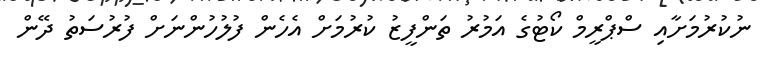
ނުކުރުމަށާއި ސްޕްރީމް ކޯޓުގެ އަމުރު ތަންފީޒު ކުރުމަށް އެހެން ފުލުހުންނަށް ފުރުސަތު ދޭން